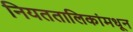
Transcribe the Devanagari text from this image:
नियततालिकांमधून